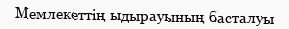
Мемлекеттің ыдырауының басталуы